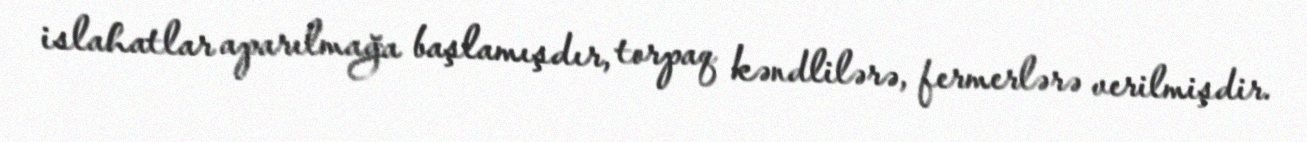
islahatlar aparılmağa başlamışdır, torpaq kəndlilərə, fermerlərə verilmişdir.